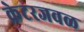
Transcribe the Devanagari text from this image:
क्रेटरजवळ